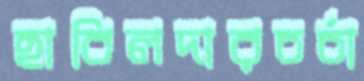
হাবিলদারচর্চা